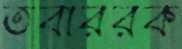
তবাররক